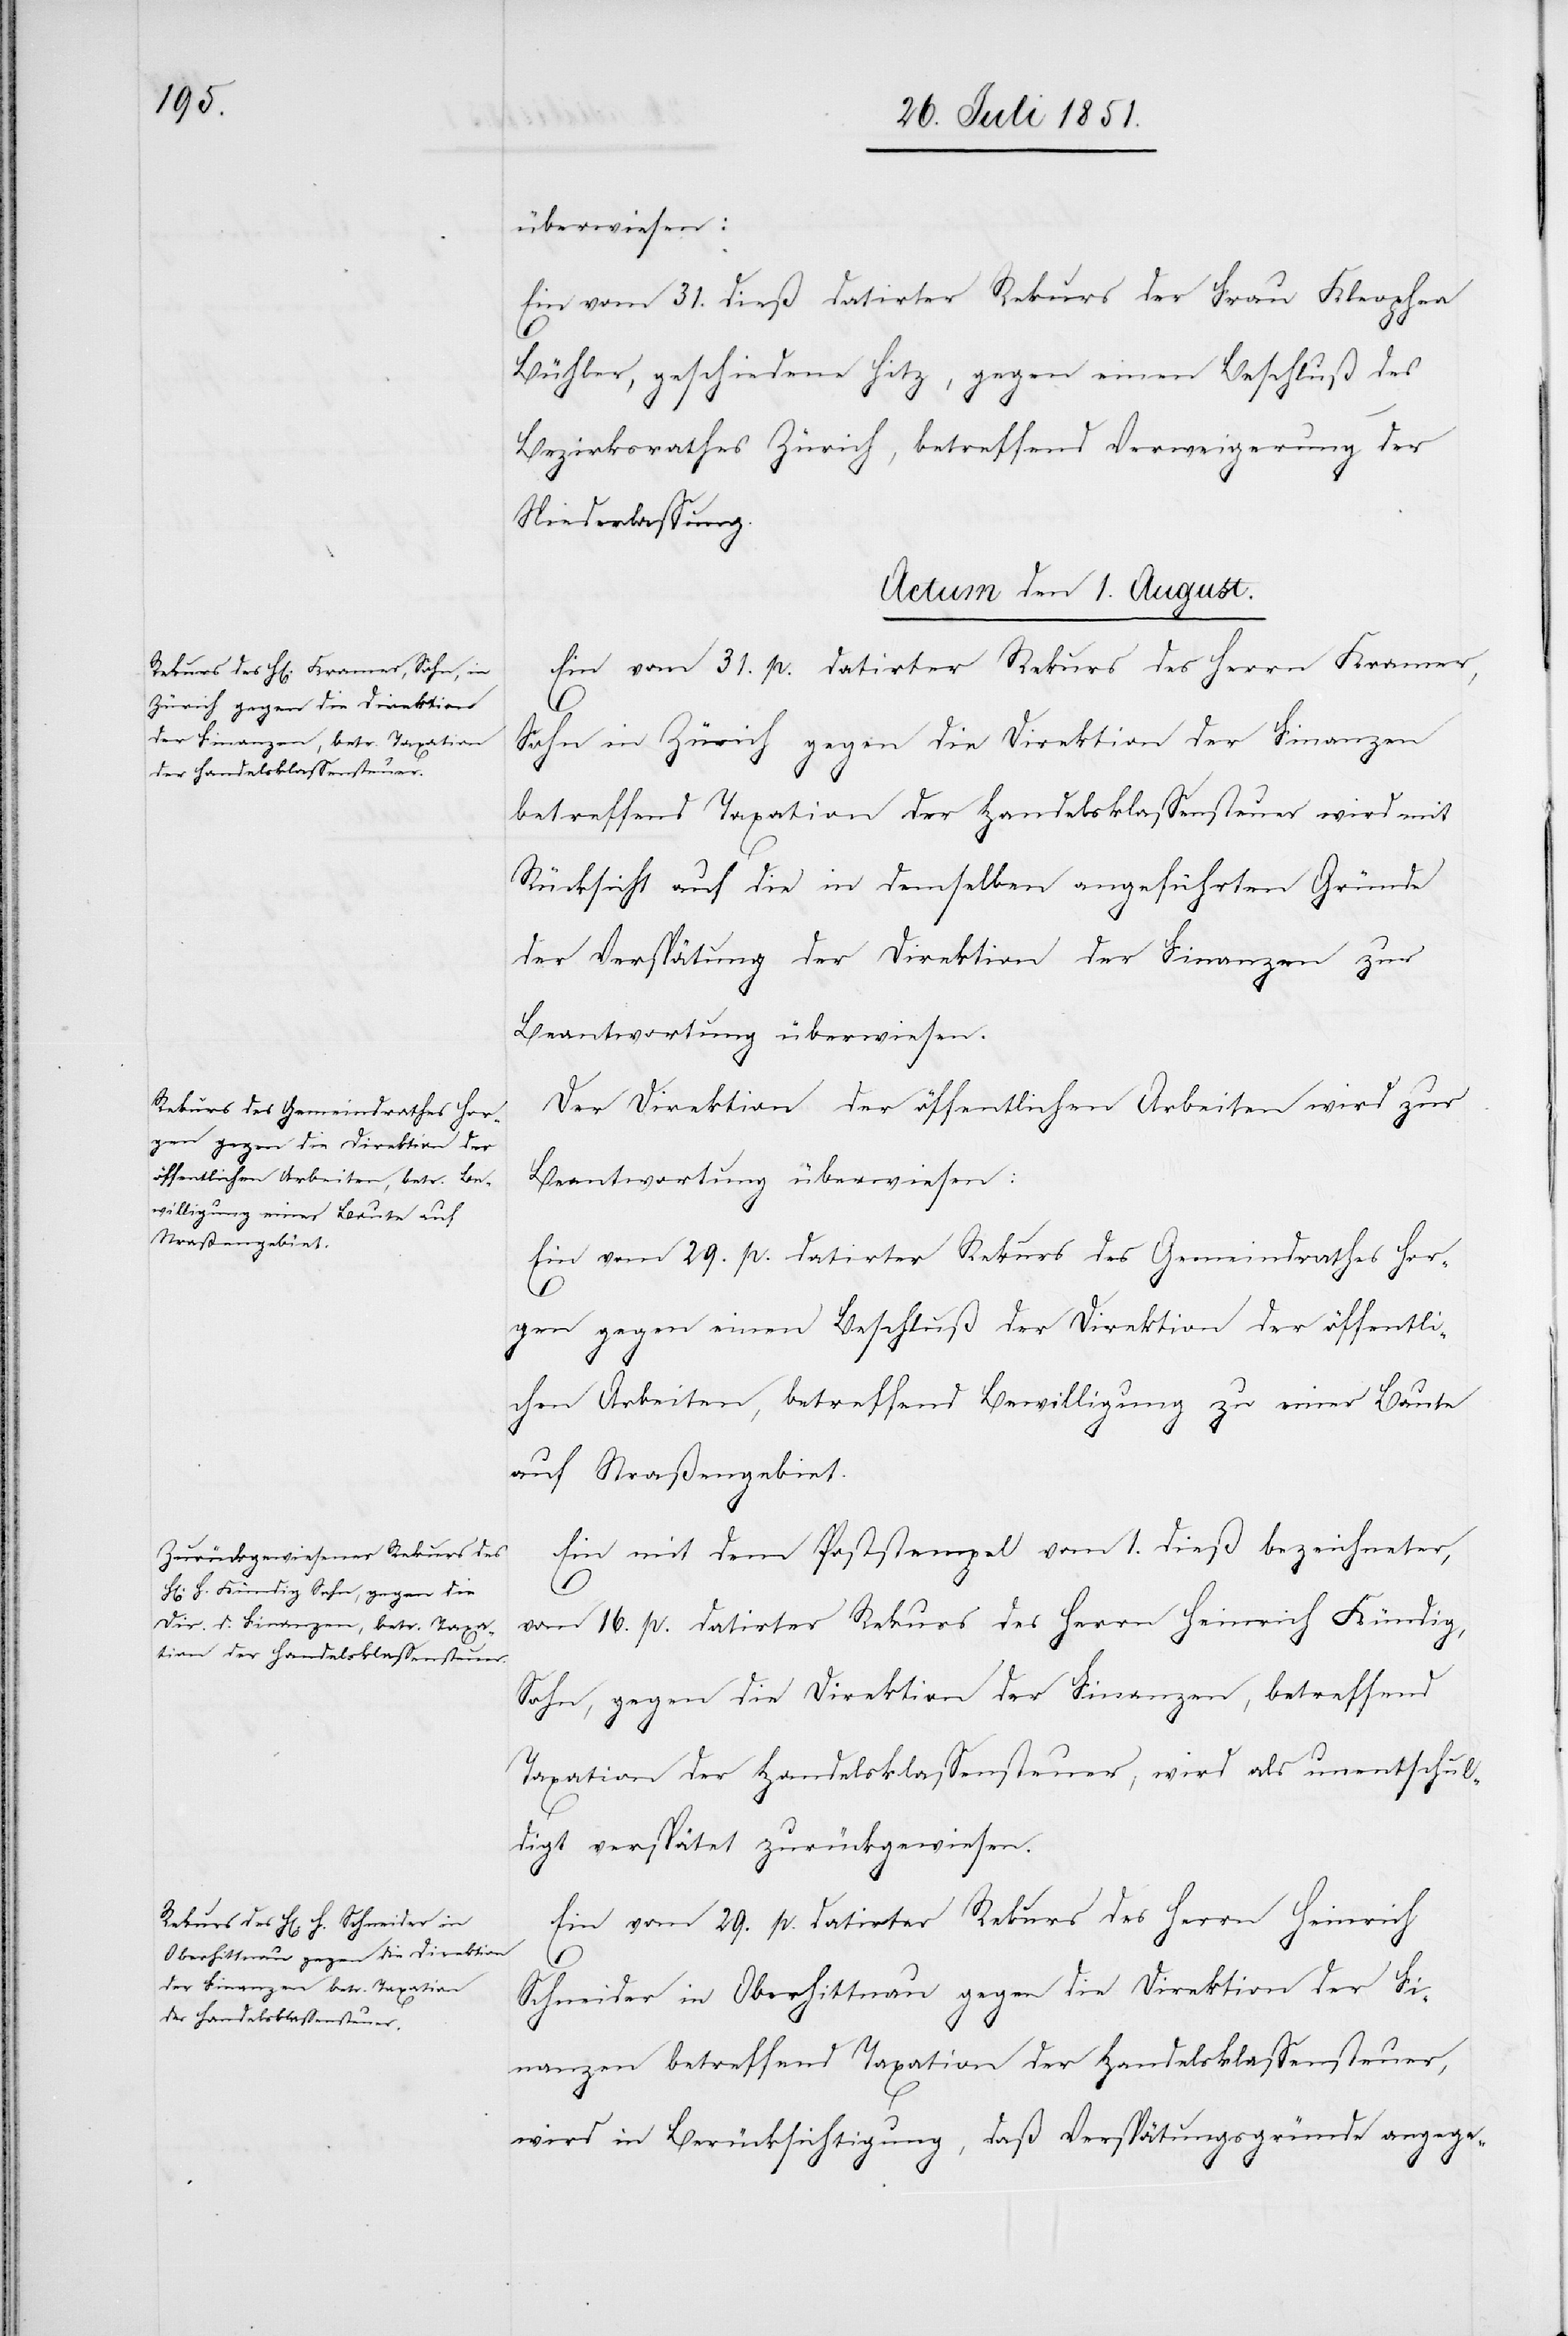
überwiesen:
Ein vom 31. dieß datirter Rekurs der Frau Kleophea
Bühler, geschiedene Hitz, gegen einen Beschluß des
Bezirksrathes Zürich, betreffend Verweigerung der
Niederlassung.
Actum den 1. August.]
Ein vom 31. p. datirter Rekurs des Herrn Kramer,
Sohn in Zürich gegen die Direktion der Finanzen
betreffend Taxation der Handelsklassensteuer wird mit
Rücksicht auf die in demselben angeführten Gründe
der Verspätung der Direktion der Finanzen zur
Beantwortung überwiesen.
Der Direktion der öffentlichen Arbeiten wird zur
Beantwortung überwiesen:
Ein vom 29. p. datirter Rekurs des Gemeindrathes Hor¬
gen gegen einen Beschluß der Direktion der öffentli¬
chen Arbeiten, betreffend Bewilligung zu einer Baute
auf Straßengebiet.
Ein mit dem Poststempel vom 1. dieß bezeichneter,
vom 16. p. datirter Rekurs des Herrn Heinrich Kündig,
Sohn, gegen die Direktion der Finanzen, betreffend
Taxation der Handelsklassensteuer, wird als unentschul¬
digt verspätet zurückgewiesen.
Ein vom 29. p. datirter Rekurs des Herrn Heinrich
Schneider in Oberhittnau gegen die Direktion der Fi¬
nanzen betreffend Taxation der Handelsklassensteuer,
wird in Berücksichtigung, daß Verspätungsgründe angege-